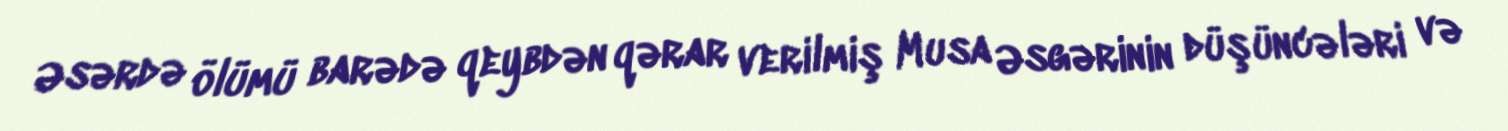
Əsərdə ölümü barədə qeybdən qərar verilmiş Musa Əsgərinin düşüncələri və